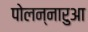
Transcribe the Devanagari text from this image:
पोलन्नारुआ